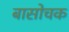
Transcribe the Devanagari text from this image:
बासोचक